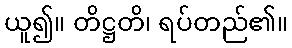
ယူ၍။ တိဋ္ဌတိ၊ ရပ်တည်၏။